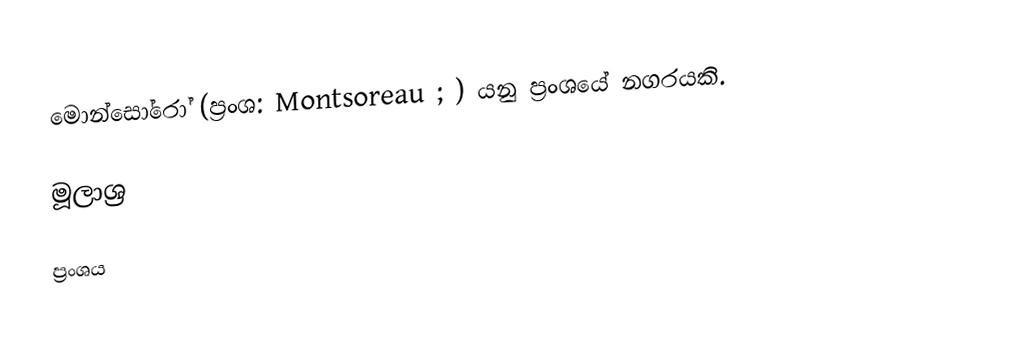
මොන්සෝරෝ (ප්‍රංශ: Montsoreau ; ) යනු ප්‍රංශයේ නගරයකි.

මූලාශ්‍ර

ප්‍රංශය